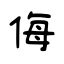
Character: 侮